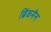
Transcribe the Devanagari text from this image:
ब्रिंकमैन